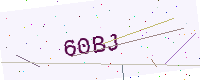
Text: 60BJ